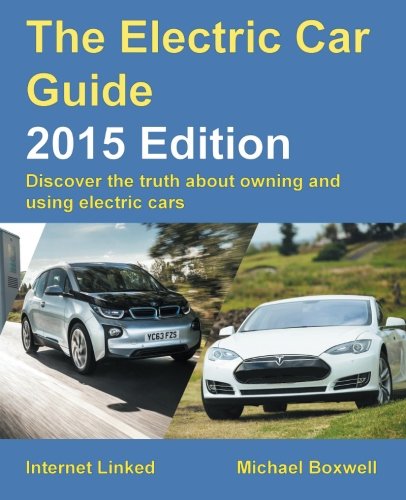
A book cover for The Electric Car Guide - 2015 Edition: Discover the truth about owning and using electric cars; Mr Michael Boxwell; Engineering & Transportation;